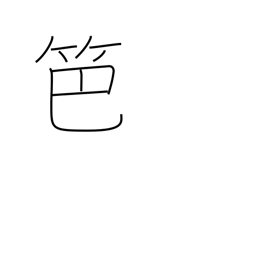
Meaning: bamboo fence